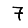
Digit: 7